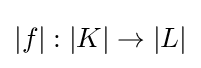
|f|:|K|\to |L|